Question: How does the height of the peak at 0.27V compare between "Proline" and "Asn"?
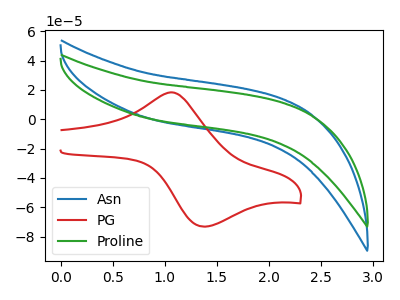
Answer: <think>The blue curve "Asn" has no peaks. The red curve "PG" has an anodic peak at (1.05V, 18.25uA) and a cathodic peak at (1.35V, -73.15uA). The green curve "Proline" has no peaks.</think>
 <answer>"Proline" and "Asn" dont share a peak at 0.27V.</answer>
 <eval>mismatch</eval>